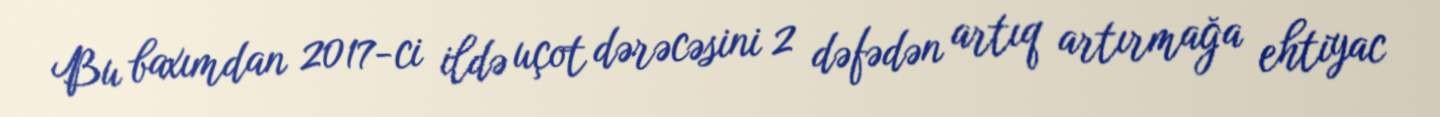
Bu baxımdan 2017-ci ildə uçot dərəcəsini 2 dəfədən artıq artırmağa ehtiyac